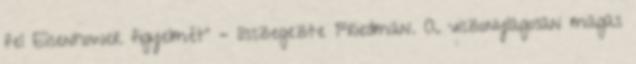
fel Eisenhower figyelmét” – összegezte Friedman. A viszonylagosan magas